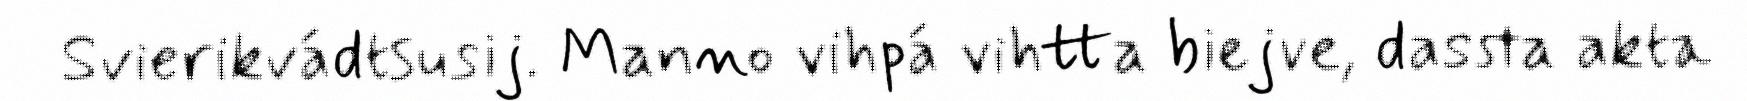
Svierikvádtsusij. Manno vihpá vihtta biejve, dassta akta